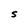
Character: S